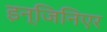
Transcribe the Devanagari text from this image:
इन्जिनिएर